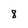
Character: 8